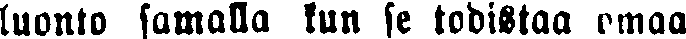
luonto samalla kun se todistaa omaa